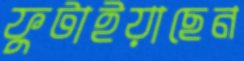
ফুটাইয়াছেন